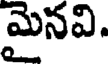
మైనవి.